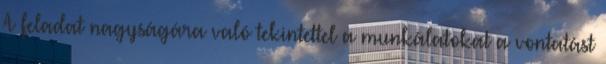
A feladat nagyságára való tekintettel a munkálatokat a vontatást